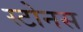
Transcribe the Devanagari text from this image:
स्टोनस